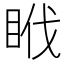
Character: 𥅩